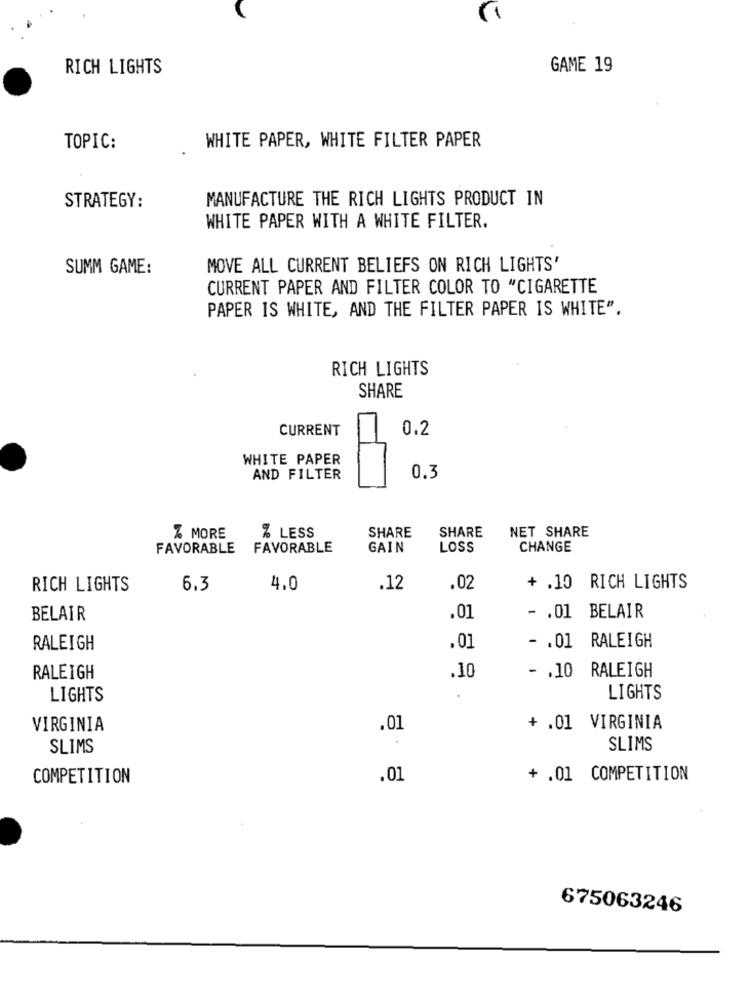
RICH LIGHTS
GAME 19
TOPIC:
WHITE PAPER, WHITE FILTER PAPER
MANUFACTURE THE RICH LIGHTS PRODUCT IN
STRATEGY:
WHITE PAPER WITH A WHITE FILTER.
SUMM GAME:
MOVE ALL CURRENT BELIEFS ON RICH LIGHTS'
CURRENT PAPER AND FILTER COLOR TO "CIGARETTE
PAPER IS WHITE, AND THE FILTER PAPER IS WHITE".
RICH LIGHTS
SHARE
CURRENT
0.2
WHITE PAPER
AND FILTER
0.3
SHARE
SHARE
NET SHARE
% MORE
% LESS
FAVORABLE
FAVORABLE
GAIN
LOSS
CHANGE
RICH LIGHTS
6.3
4.0
.12
.02
+ .10 RICH LIGHTS
BELAIR
.01
- . 01 BELAIR
RALEIGH
.01
- . 01 RALEIGH
.10
- . 10 RALEIGH
RALEIGH
LIGHTS
.
LIGHTS
VIRGINIA
.01
+ .01 VIRGINIA
SLIMS
SLIMS
COMPETITION
.01
+ .01 COMPETITION
675063246